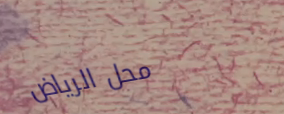
محل الرياض